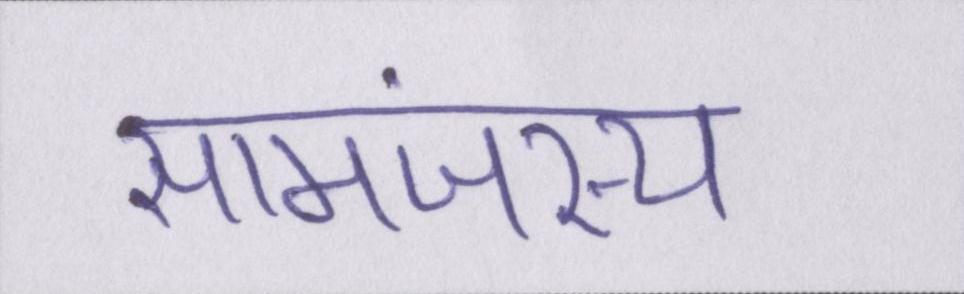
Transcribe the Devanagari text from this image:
सामंजस्य